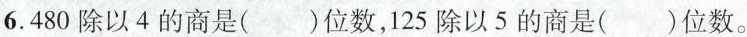
6.480除以4的商是()位数，125除以5的商是()位数。